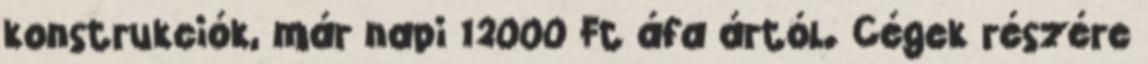
konstrukciók, már napi 12000 Ft áfa ártól. Cégek részére